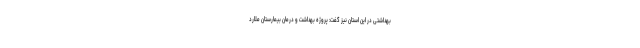
بهداشتی در این استان نیز گفت: پروژه بهداشت و درمان بیمارستان ملارد